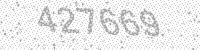
Solution: 427669